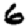
Digit: 6